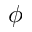
\phi